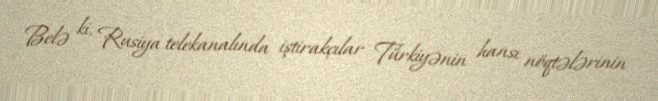
Belə ki, Rusiya telekanalında iştirakçılar Türkiyənin hansı nöqtələrinin